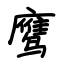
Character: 鹰